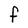
Character: F